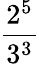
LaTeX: \frac{2^{5}}{3^{3}}